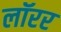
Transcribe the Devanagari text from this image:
लॉरर